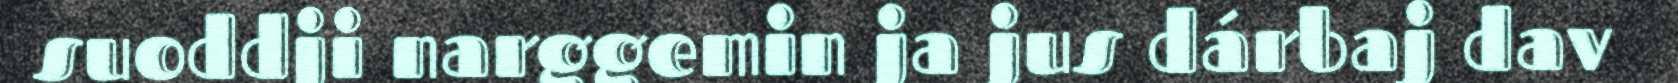
suoddji narggemin ja jus dárbaj dav